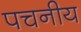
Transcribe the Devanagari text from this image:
पचनीय